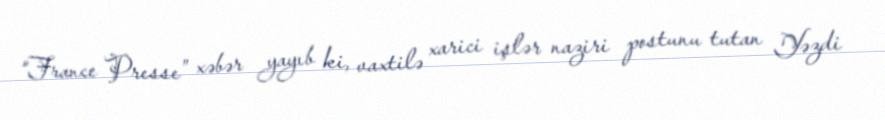
“France Presse” xəbər yayıb ki, vaxtilə xarici işlər naziri postunu tutan Yəzdi